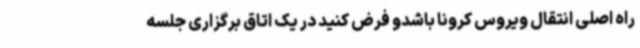
راه اصلی انتقال ویروس کرونا باشدو فرض کنید در یک اتاق برگزاری جلسه